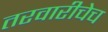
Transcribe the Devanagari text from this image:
तरवारीचेच